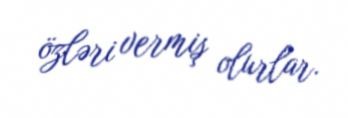
özləri vermiş olurlar.